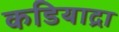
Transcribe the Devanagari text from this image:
कडियाद्रा